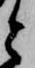
と